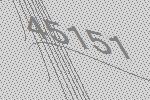
45151